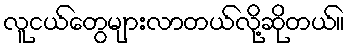
လူငယ်တွေများလာတယ်လို့ဆိုတယ်။